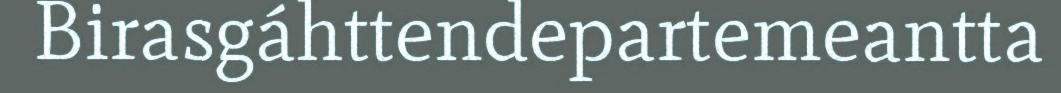
Birasgáhttendepartemeantta